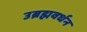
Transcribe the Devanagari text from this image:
उब्रह्मवर्धन